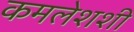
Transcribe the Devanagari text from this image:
कमलेशशी